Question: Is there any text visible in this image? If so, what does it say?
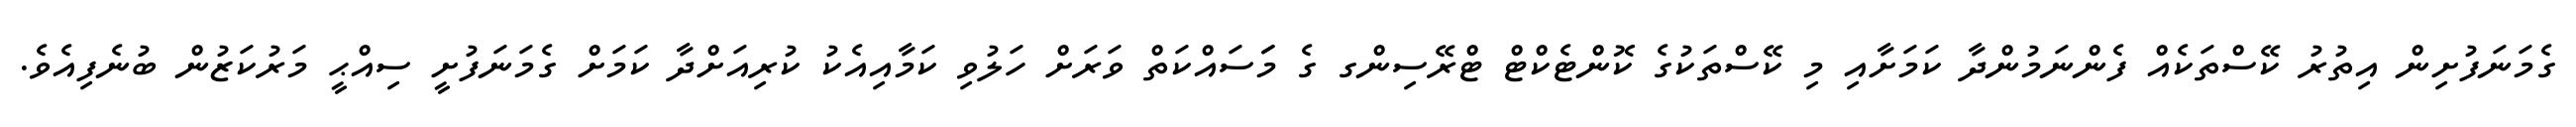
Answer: ގެމަނަފުށިން އިތުރު ކޭސްތަކެއް ފެންނަމުންދާ ކަމަށާއި މި ކޭސްތަކުގެ ކޮންޓެކްޓް ޓްރޭސިންގ ގެ މަަސައްކަތް ވަރަށް ހަލުވި ކަމާއިއެކު ކުރިއަށްދާ ކަމަށް ގެމަނަފުށީ ސިއްޙީ މަރުކަޒުން ބުނެފިއެވެ.